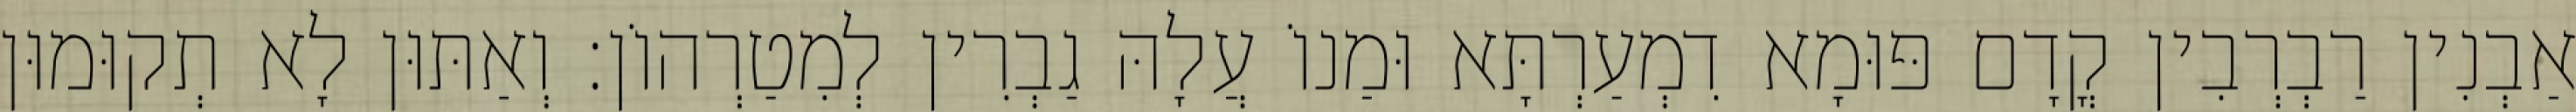
אַבְנִין רַבְרְבִין קֳדָם פּוּמָא דִמְעַרְתָּא וּמַנוֹ עֲלָהּ גַבְרִין לְמִטַרְהוֹן׃ וְאַתּוּן לָא תְקוּמוּן